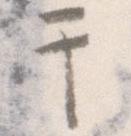
于